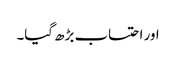
اور احتساب بڑھ گیا۔